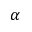
\alpha